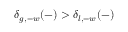
\delta _ { g , - w } ( - ) > \delta _ { l , - w } ( - )